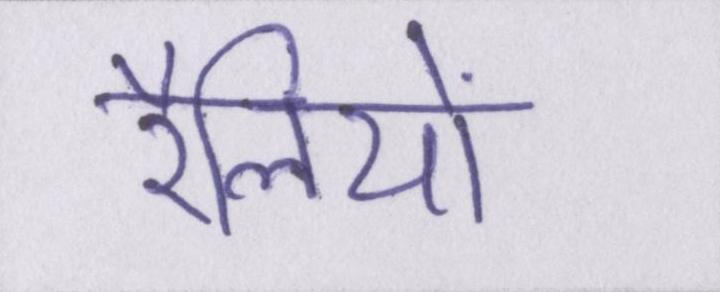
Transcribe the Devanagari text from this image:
रैलियों